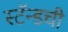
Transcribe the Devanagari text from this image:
स्टॅन्डची